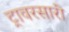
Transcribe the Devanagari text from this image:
ट्रावरसारी